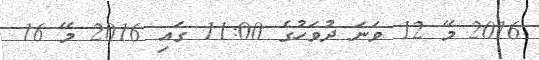
2016 މޭ 12 ވަނަ ދުވަހުގެ 11:00 ގައި 2016 މޭ 16